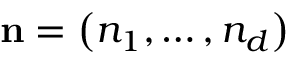
\mathbf { n } = \left( n _ { 1 } , \ldots , n _ { d } \right)